Annual report on the mental hospital in the Central Provinces and Berar (Nagpur) - 1927-1951
Year: 1927
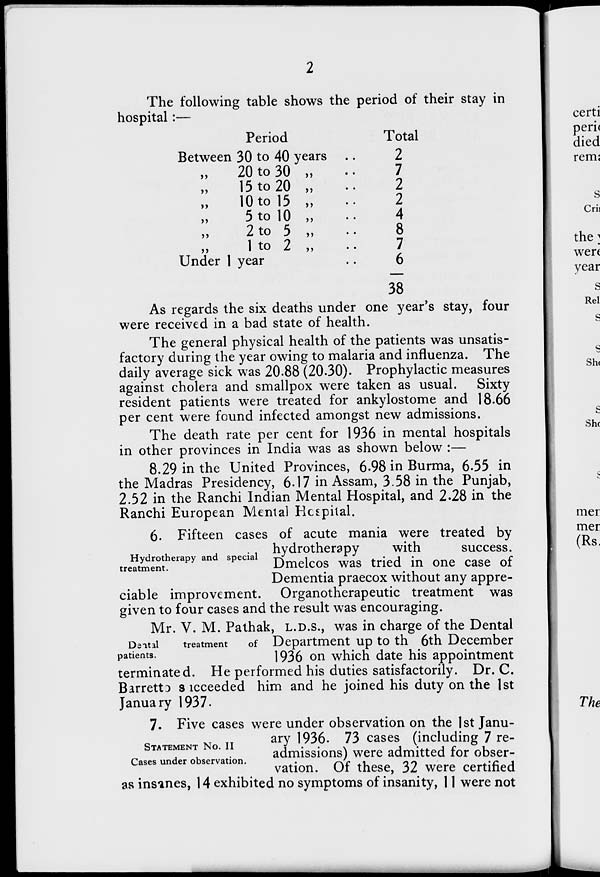
2
The following table shows the period of their stay in
hospital:—
Period
Between 30 to 40 years ..
„ 20 to 30 „ ..
„ 15 to 20 „ ..
„ 10 to 15 „ ..
„ 5 to 10 „ ..
„ 2 to 5 „ ..
„ 1 to 2 „ ..
„ Under 1 year ..
Total
2
7
2
2
4
8
7
6
38
As regards the six deaths under one year's stay, four
were received in a bad state of health.
The general physical health of the patients was unsatis-
factory during the year owing to malaria and influenza. The
daily average sick was 20.88 (20.30). Prophylactic measures
against cholera and smallpox were taken as usual. Sixty
resident patients were treated for ankylostome and 18.66
per cent were found infected amongst new admissions.
The death rate per cent for 1936 in mental hospitals
in other provinces in India was as shown below :—
8.29 in the United Provinces, 6.98 in Burma, 6.55 in
the Madras Presidency, 6.17 in Assam, 3.58 in the Punjab,
2.52 in the Ranchi Indian Mental Hospital, and 2.28 in the
Ranchi European Mental Hospital.
Hydrotherapy and special
treatment.
6. Fifteen cases of acute mania were treated by
hydrotherapy
with
success.
Dmelcos was tried in one case of
Dementia praecox without any appre-
ciable improvement. Organotherapeutic treatment was
given to four cases and the result was encouraging.
Dental
treatment
of
patients.
Mr. V. M. Pathak, L.D.S., was in charge of the Dental
Department up to the 6th December
1936 on which date his appointment
terminated. He performed his duties satisfactorily. Dr. C.
Barretto succeeded him and he joined his duty on the 1st
January 1937.
STATEMENT NO. II
Cases under observation.
7. Five cases were under observation on the 1st Janu-
ary 1936. 73 cases (including 7 re-
admissions) were admitted for obser-
vation. Of these, 32 were certified
as insanes, 14 exhibited no symptoms of insanity, 11 were not